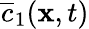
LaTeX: \overline{c}_{1}(\mathbf x,t)